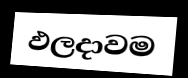
ඵලදාවම